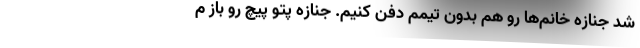
شد جنازه خانم‌ها رو هم بدون تيمم دفن كنيم. جنازه پتو پيچ رو باز م